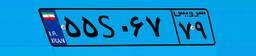
۲۳S۱۹۸۹۲